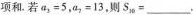
项和。若a_{3|=5，a_{2|=13，则S_{10|=_________。